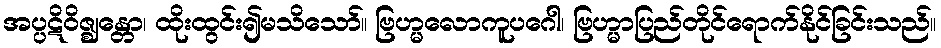
အပ္ပဋိဝိဇ္ဈန္တော၊ ထိုးထွင်း၍မသိသော်။ ဗြဟ္မလောကူပဂေါ၊ ဗြဟ္မာပြည်တိုင်ရောက်နိုင်ခြင်းသည်။